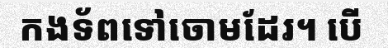
កងទ័ពទៅចោមដែរ។ បើ